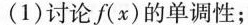
(1)讨论∫(x)的单调性；